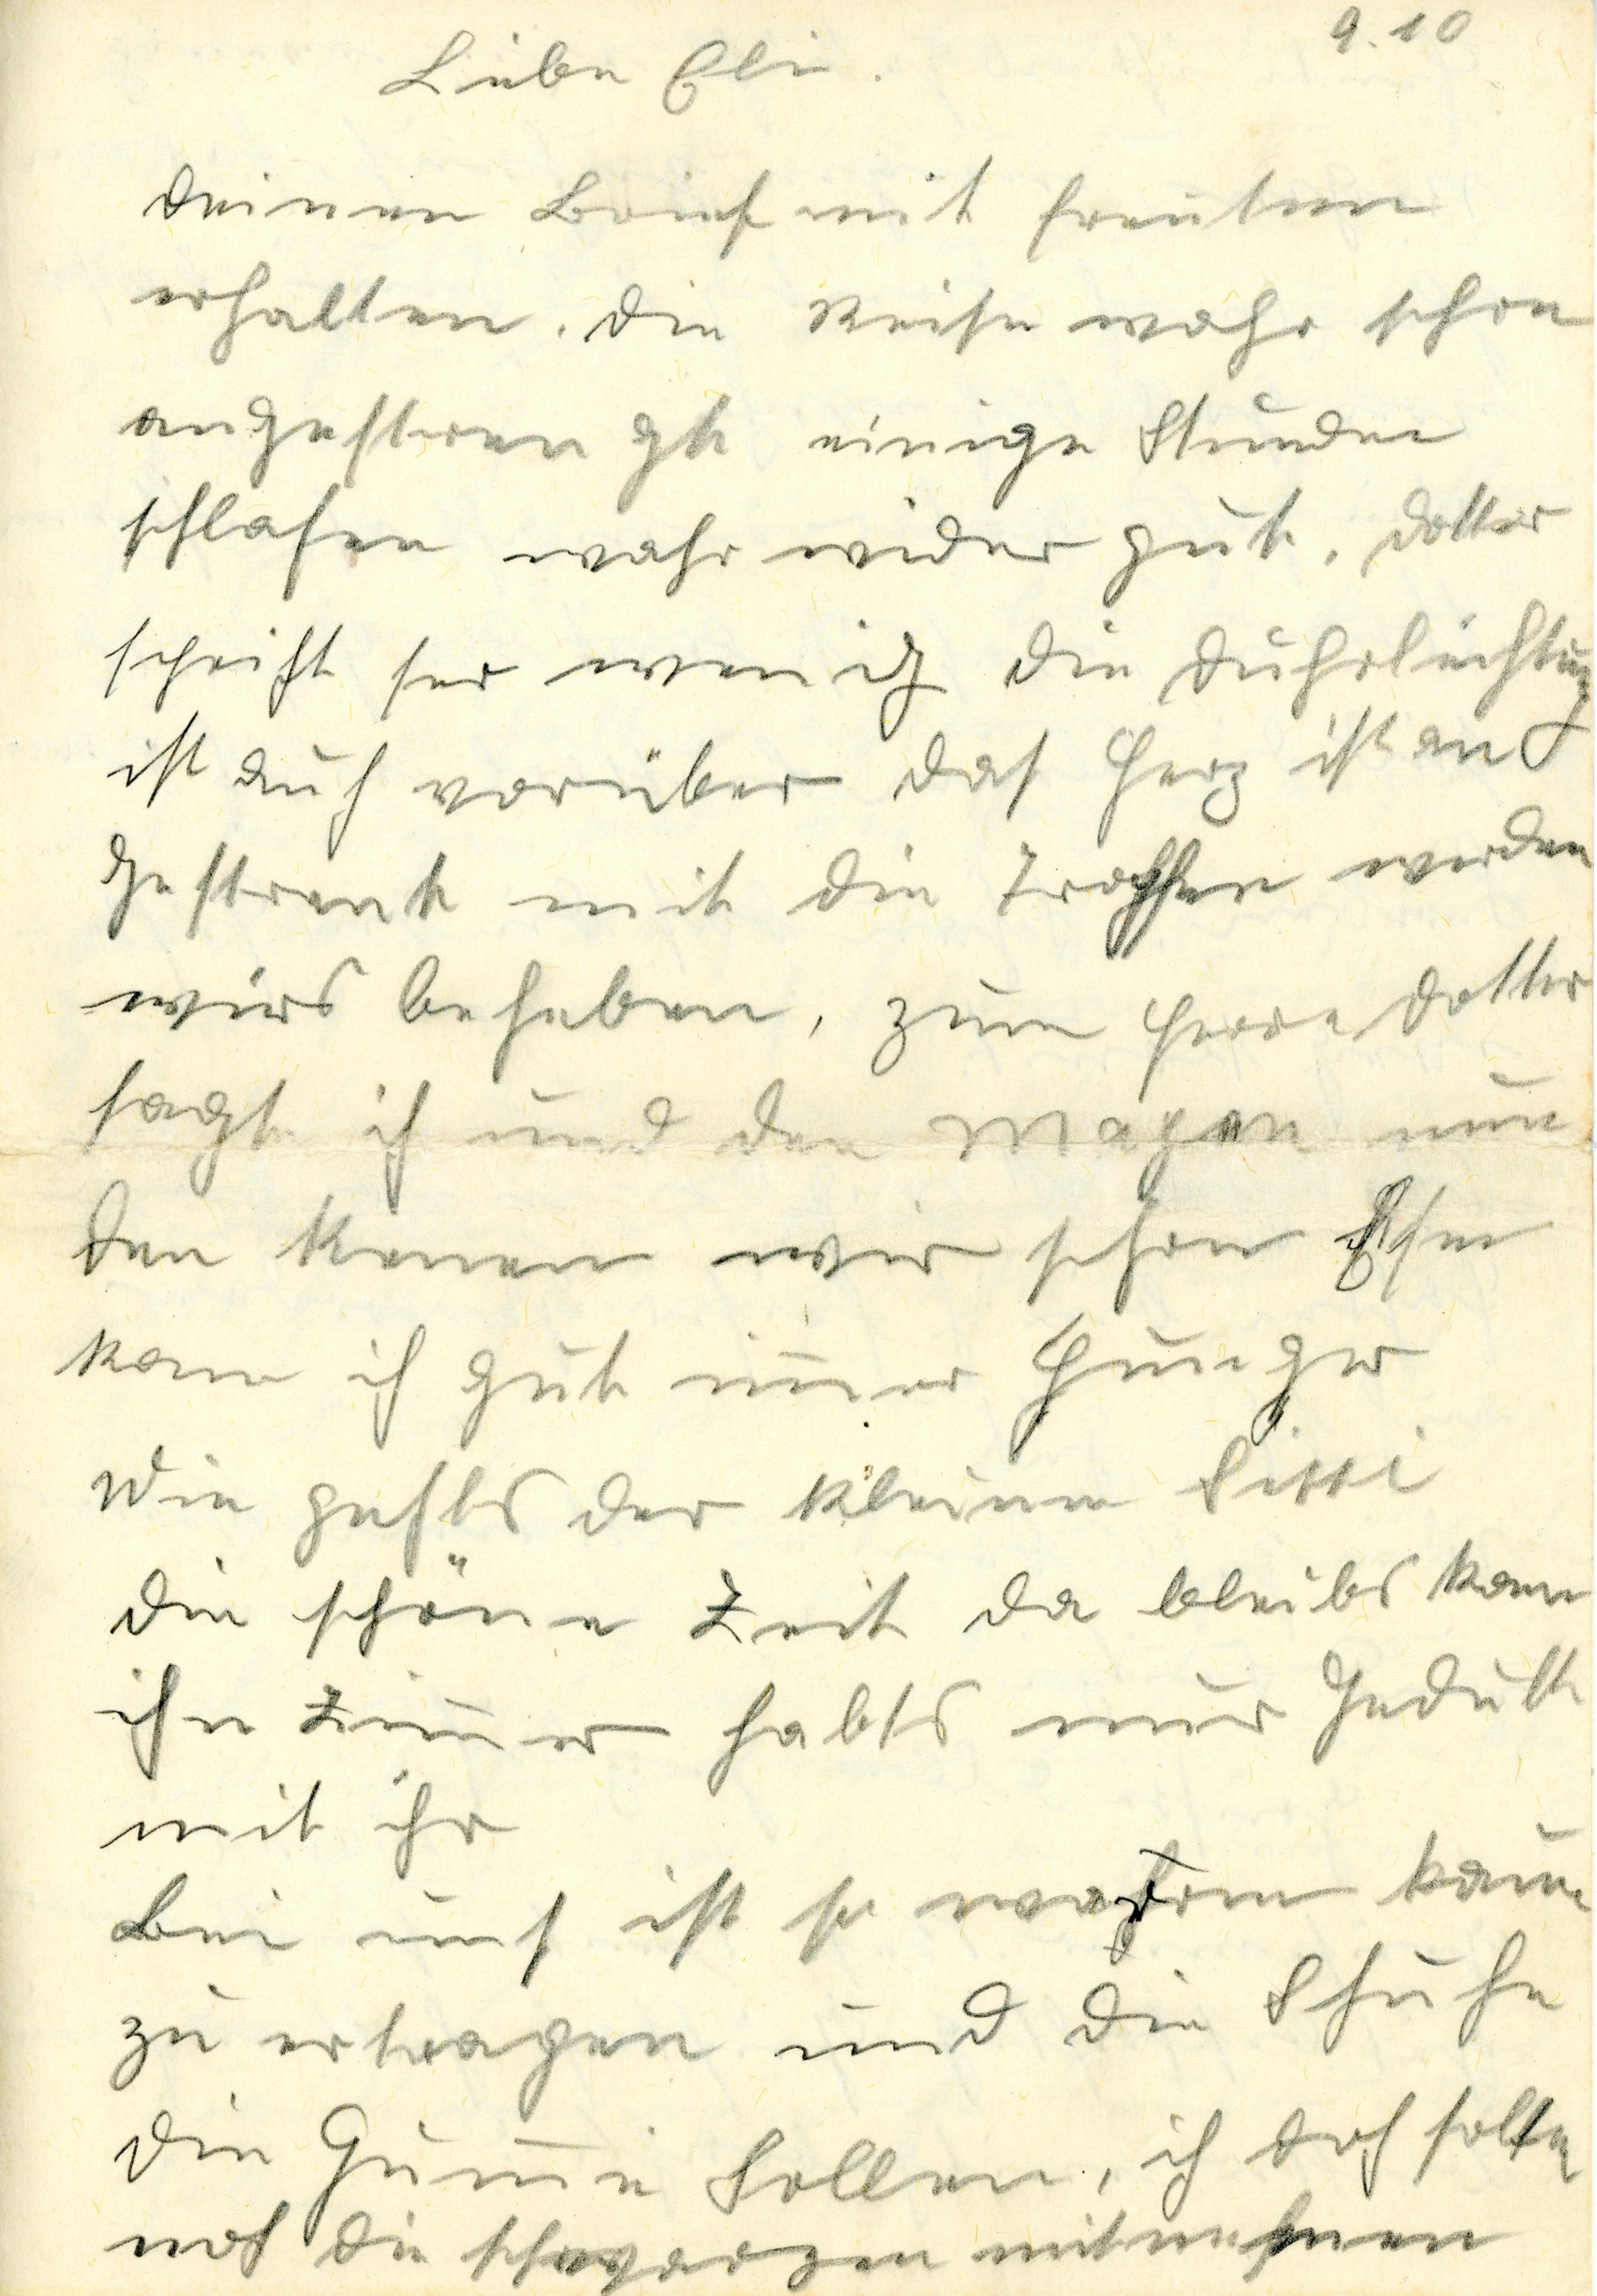
Liebe Eli			9.10
Deinen Brief mit freūten
erhalten. Die Reise wahr schon
angestrengt einige Stūnden
schlafen wahr wieder gūt. Dottor
spricht ser wenig die dūcheleūchtūng
ist aūch vorüber das Herz ist an
gestrenkt mit die Tropfen werden
wirs beheben, zūm Herrn Dottor
sagt ich ūnd den Magen nūn
den kenen wir schon Esen
kann ich gūt immer Hūnger
Wie geht es der kleinen Sissi
Die schöne Zeit da bleibs kann
ihn Zimer habts nūr Judith
mit ihr
Bei ūns ist so warrm kaūm
zū ertragen ūnd die Schūhe
die Gūmi Sollen, ich doch solten
noch die schwarzen mitnehmen